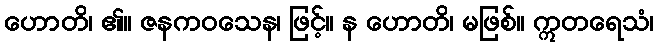
ဟောတိ၊ ၏။ ဇနကဝသေန၊ ဖြင့်။ န ဟောတိ၊ မဖြစ်။ ဣတရေသံ၊